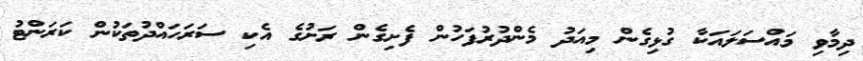
ދިމާވި މައްސަލައަކާ ގުޅިގެން މިއަދު މެންދުރުފަހުން ފެށިގެން ރަށުގެ އެކި ސަރަހައްދުތަކުން ކަރަންޓު